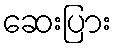
ဆေးပြား